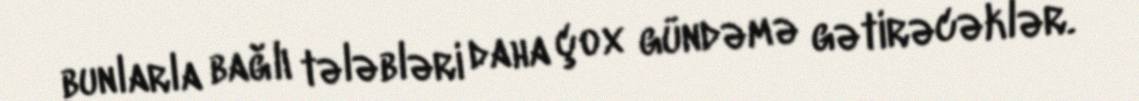
bunlarla bağlı tələbləri daha çox gündəmə gətirəcəklər.